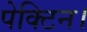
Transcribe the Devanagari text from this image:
पेक्टिन।